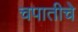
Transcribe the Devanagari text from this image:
चपातीचे